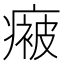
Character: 𭼤